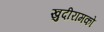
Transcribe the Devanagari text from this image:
खुदीरामको